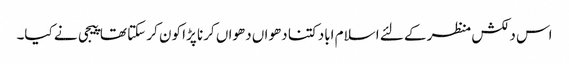
اس دلکش منظر کے لئے اسلام اباد کتنا دھواں دھواں کرنا پڑا کون کر سکتا تھا پیجی نے کیا۔